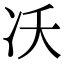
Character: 㓇